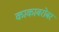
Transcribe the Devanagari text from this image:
काकाबरोबर